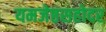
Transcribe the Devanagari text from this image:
यमजेष्ठसहोदर